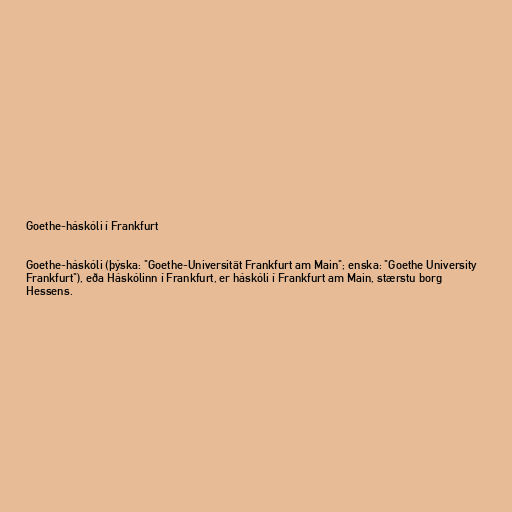
Goethe-háskóli í Frankfurt

Goethe-háskóli (þýska: "Goethe-Universität Frankfurt am Main"; enska: "Goethe University
Frankfurt"), eða Háskólinn í Frankfurt, er háskóli í Frankfurt am Main, stærstu borg
Hessens.